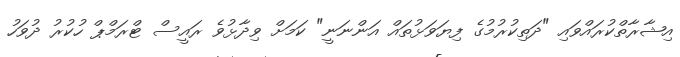
އިޝާރާތްކުރައްްވައި "ދަތިކުރުމުގެ ފިޔަވަޅުތައް އަންނަނީ" ކަމަށް ވިދާޅުވެ ރައީސް ޓްރަމްޕް ހުކުރު ދުވަހު